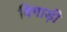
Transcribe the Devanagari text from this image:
बिगाड़ी